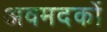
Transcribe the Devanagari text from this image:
अवमदकों